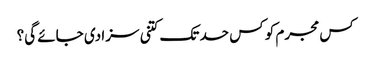
کس مجرم کو کس حد تک کتنی سزا دی جائے گی؟